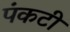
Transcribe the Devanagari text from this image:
पंकटी